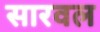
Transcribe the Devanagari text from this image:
सारवल